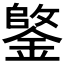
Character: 𫒺